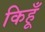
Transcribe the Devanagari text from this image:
किहूँ